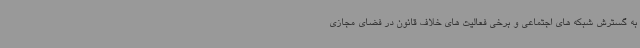
به گسترش شبکه های اجتماعی و برخی فعالیت های خلاف قانون در فضای مجازی